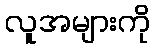
လူအများကို